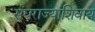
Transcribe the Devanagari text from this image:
संघराज्याशिवाय